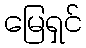
မြေရှင်